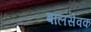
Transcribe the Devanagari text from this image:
बालसेवक